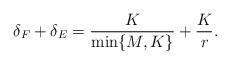
LaTeX: \begin{align*}\delta_F + \delta_E = \frac{K}{\min\{M,K\}} + \frac{K}{r}.\end{align*}